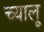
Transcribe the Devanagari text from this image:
च्यालू